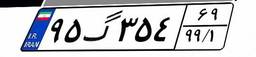
۹۵گ۳۵۴۶۹